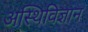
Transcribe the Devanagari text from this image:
अस्थिविज्ञान